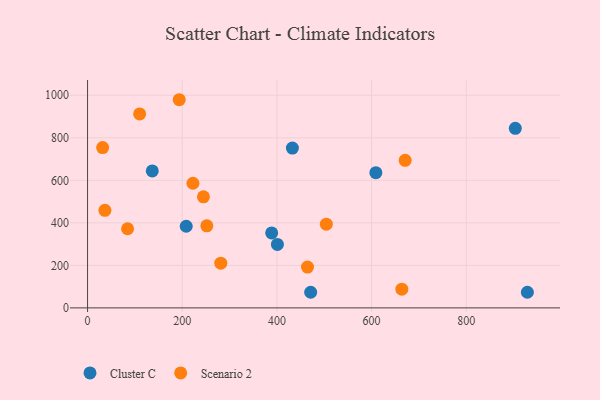
{"axis": {"x": "Study Hours", "y": "Demand"}, "legend": ["Cluster C", "Scenario 2"], "data": [{"x": "388.9", "y": 352.5, "type": "Cluster C"}, {"x": "471.3", "y": 73.4, "type": "Cluster C"}, {"x": "929.1", "y": 73.4, "type": "Cluster C"}, {"x": "136.7", "y": 644.4, "type": "Cluster C"}, {"x": "401.0", "y": 298.7, "type": "Cluster C"}, {"x": "609.0", "y": 636.0, "type": "Cluster C"}, {"x": "903.6", "y": 844.7, "type": "Cluster C"}, {"x": "208.4", "y": 383.9, "type": "Cluster C"}, {"x": "432.7", "y": 751.8, "type": "Cluster C"}, {"x": "84.5", "y": 372.2, "type": "Scenario 2"}, {"x": "281.4", "y": 210.5, "type": "Scenario 2"}, {"x": "663.9", "y": 87.9, "type": "Scenario 2"}, {"x": "670.9", "y": 693.9, "type": "Scenario 2"}, {"x": "36.6", "y": 458.9, "type": "Scenario 2"}, {"x": "464.6", "y": 191.8, "type": "Scenario 2"}, {"x": "110.0", "y": 912.4, "type": "Scenario 2"}, {"x": "193.6", "y": 979.1, "type": "Scenario 2"}, {"x": "31.8", "y": 753.8, "type": "Scenario 2"}, {"x": "222.6", "y": 586.3, "type": "Scenario 2"}, {"x": "504.4", "y": 393.6, "type": "Scenario 2"}, {"x": "251.9", "y": 385.9, "type": "Scenario 2"}, {"x": "244.8", "y": 522.3, "type": "Scenario 2"}]}